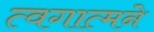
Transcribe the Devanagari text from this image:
त्वगात्मने